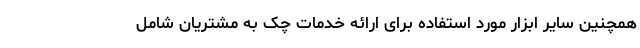
همچنین سایر ابزار مورد استفاده برای ارائه خدمات چک به مشتریان شامل